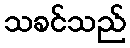
သခင်သည်